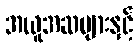
အယူအဆများနှင့်